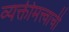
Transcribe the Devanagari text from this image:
व्यक्तीमत्त्वाची